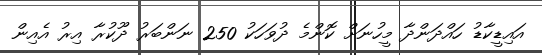
އައިޑީކާޑު ހައްދަންދާ މީހުނަށް ކޮންމެ ދުވަހަކު 250 ނަންބަރު ދޫކުރާ އިރު އެއިން